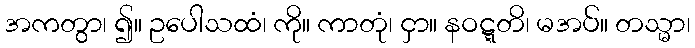
အကတွာ၊ ၍။ ဥပေါသထံ၊ ကို။ ကာတုံ၊ ငှာ။ နဝဋ္ဋတိ၊ မအပ်။ တသ္မာ၊